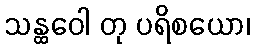
သန္ထဝေါ တု ပရိစယော၊